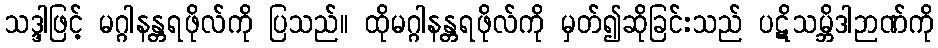
သဒ္ဒါဖြင့် မဂ္ဂါနန္တရဖိုလ်ကို ပြသည်။ ထိုမဂ္ဂါနန္တရဖိုလ်ကို မှတ်၍ဆိုခြင်းသည် ပဋိသမ္ဘိဒါဉာဏ်ကို